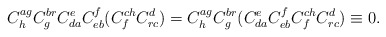
\begin{align*}C_h^{ag}C_g^{br}C_{da}^eC_{eb}^f(C_f^{ch}C_{rc}^d)=C_h^{ag}C_g^{br}(C_{da}^eC_{eb}^fC_f^{ch}C_{rc}^d)\equiv 0.\end{align*}